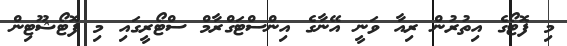
މި ފޮޓޯގެ އިތުރުން ރިއާ ވަނީ އޭނާގެ އިންސްޓަގްރާމް ސްޓޯރީގައި މި ފޮޓޯޝޫޓިން